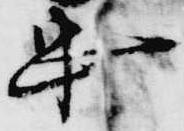
忠